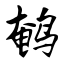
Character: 鹌